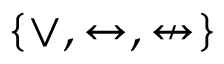
\{ \lor , \leftrightarrow , \nleftrightarrow \}